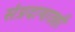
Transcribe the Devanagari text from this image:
संप्रदायातही